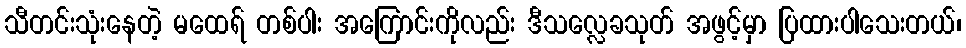
သီတင်းသုံးနေတဲ့ မထေရ် တစ်ပါး အကြောင်းကိုလည်း ဒီသလ္လေခသုတ် အဖွင့်မှာ ပြထားပါသေးတယ်၊